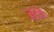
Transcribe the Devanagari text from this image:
जत्र